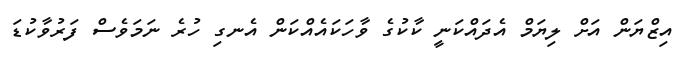
އިޒްޔަން އަށް ލިޔަމް އެދައްކަނީ ކާކުގެ ވާހަކައެއްކަން އެނގި ހުރެ ނަމަވެސް ފަރުވާކުޑަ